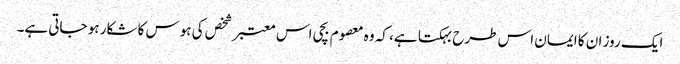
ایک روز ان کا ایمان اس طرح بہکتا ہے، کہ وہ معصوم بچی اس معتبر شخص کی ہوس کا شکار ہو جاتی ہے۔